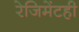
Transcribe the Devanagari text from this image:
रेजिमेंटही